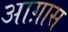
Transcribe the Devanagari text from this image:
आग़ास